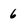
Character: 6